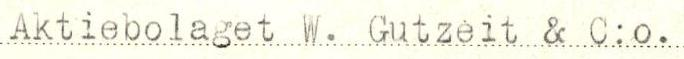
Aktiebolaget W. Gutzeit & C:o.